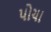
પોચા